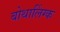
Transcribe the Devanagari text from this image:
बोथालिंग्क